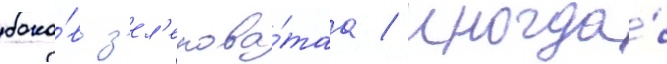
боко́в з'ел'енова́таа / иногда́